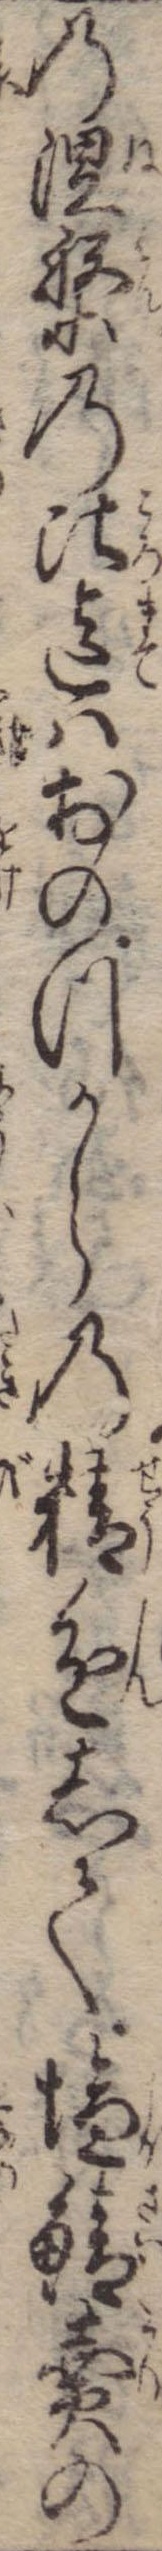
の涅槃の比迄はおのづからの精進して塩鯖売の